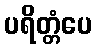
ပရိတ္တံပေ